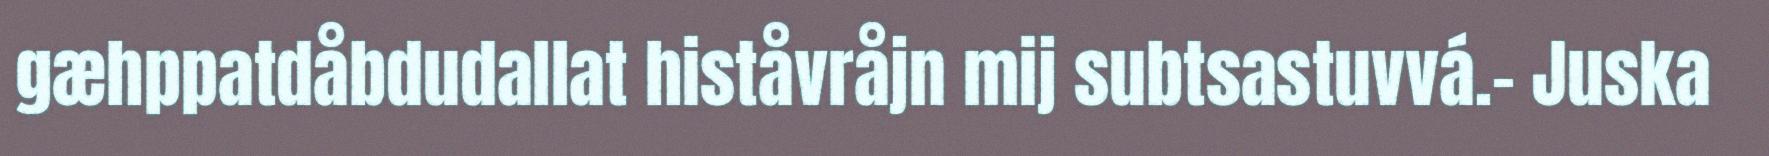
gæhppatdåbdudallat histåvråjn mij subtsastuvvá.- Juska